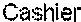
CASHIER